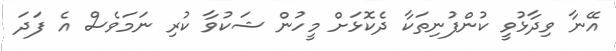
އޭނާ ވިދާޅުވީ ކުންފުނިތަކާ ދެކޮޅަށް މީހުން ޝަކުވާ ކުރި ނަމަވެސް އެ ފަދަ